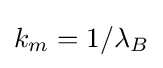
k_{m}=1/\lambda _{B}